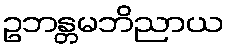
ဥဘန္တမဘိညာယ